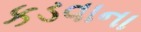
કડવાના